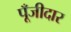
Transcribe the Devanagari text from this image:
पूँजीदार